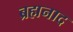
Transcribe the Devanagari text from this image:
ब्रह्मनाद